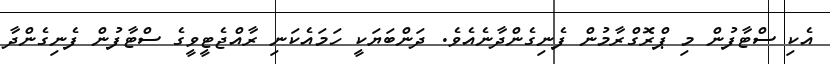
އެކި ސްޓާފުން މި ޕްރޮގްރާމުން ފެނިގެންދާނެއެވެ. ދަންބަޔަކީ ހަމައެކަނި ރާއްޖެޓީވީގެ ސްޓާފުން ފެނިގެންދާ